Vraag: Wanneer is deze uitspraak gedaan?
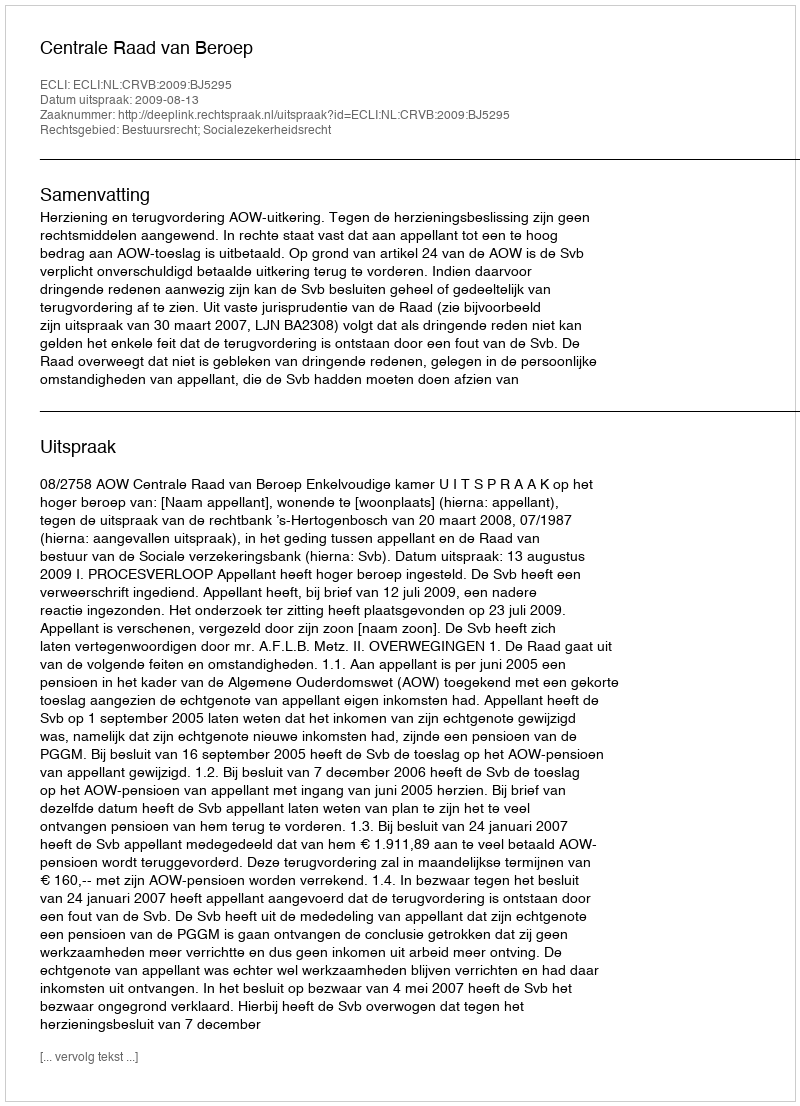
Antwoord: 2009-08-13